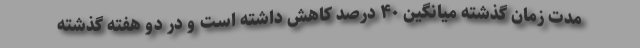
مدت زمان گذشته میانگین ۴۰ درصد کاهش داشته است و در دو هفته گذشته